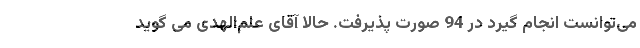
می‌توانست انجام گیرد در 94 صورت پذیرفت. حالا آقای علم‌الهدی می گوید